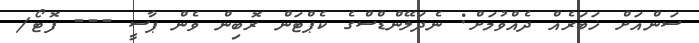
ސަންއަށް ޚަބަރެއް ދެއްވުމަށް: ނެދަލޭންޑްސްގެ ކެޕްޓަން ރޮބިން ވެން ޕާސީ --- ފޮޓޯ/